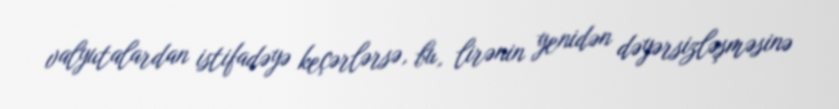
valyutalardan istifadəyə keçərlərsə, bu, lirənin yenidən dəyərsizləşməsinə